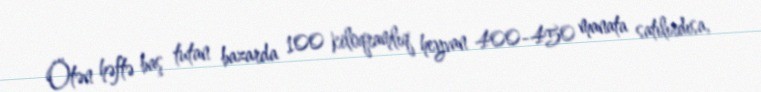
Ötən həftə baş tutan bazarda 100 kiloqramlıq heyvan 400-450 manata satılırdısa,